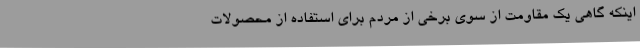
اینکه گاهی یک مقاومت از سوی برخی از مردم برای استفاده از محصولات